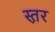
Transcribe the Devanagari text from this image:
स्त़र